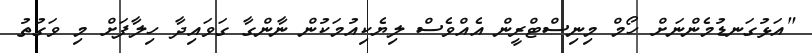
"އަޅުގަނޑުމެންނަށް ހޯމް މިނިސްޓްރީން އެއްވެސް ލިޔެކިއުމަކުން ނާންގާ ގަވައިދާ ހިލާފަށް މި ވަގުތު